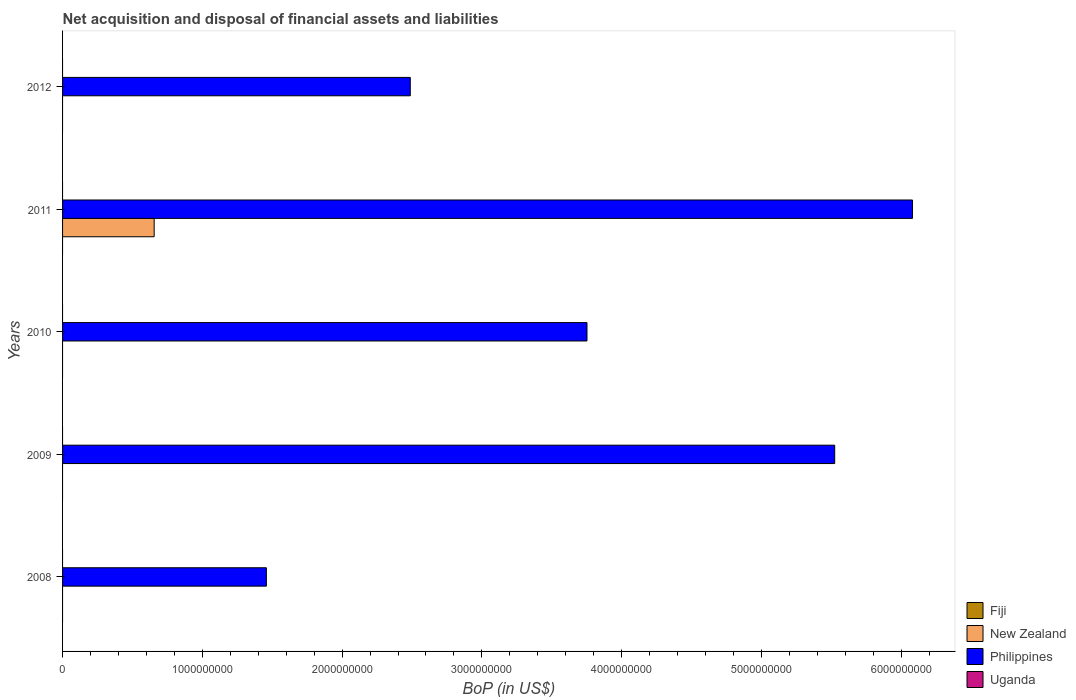
| Years | Fiji | New Zealand | Philippines | Uganda |
 | --- | --- | --- | --- | --- |
 | 2008 | -4.39e+08 | -7.61e+09 | 1.46e+09 | -1.13e+09 |
 | 2009 | -2.6e+08 | -1.84e+09 | 5.52e+09 | -1.33e+09 |
 | 2010 | -1.54e+08 | -1.34e+09 | 3.75e+09 | -1.15e+09 |
 | 2011 | -2.9e+08 | 6.55e+08 | 6.08e+09 | -1.61e+09 |
 | 2012 | -1.75e+08 | -4.32e+09 | 2.49e+09 | -1.08e+09 |